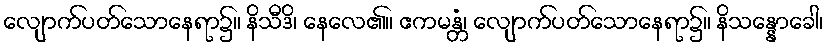
လျောက်ပတ်သောနေရာ၌။ နိသီဒိ၊ နေလေ၏။ ဧကမန္တံ၊ လျောက်ပတ်သောနေရာ၌။ နိသန္နောခေါ၊